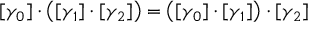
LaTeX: [ \gamma _ { 0 } ] \cdot \left( [ \gamma _ { 1 } ] \cdot [ \gamma _ { 2 } ] \right) = \left( [ \gamma _ { 0 } ] \cdot [ \gamma _ { 1 } ] \right) \cdot [ \gamma _ { 2 } ]